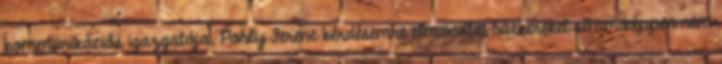
kommunikációs igazgatója, Pohly Ferenc kérdésemre elmondta, hackereket semmiképpen nem